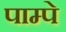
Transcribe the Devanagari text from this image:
पाम्पे